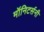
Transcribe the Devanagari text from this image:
मॉनिटर्सनी